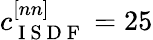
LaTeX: c_{\mathrm{~I~S~D~F~}}^{[nn]}=25